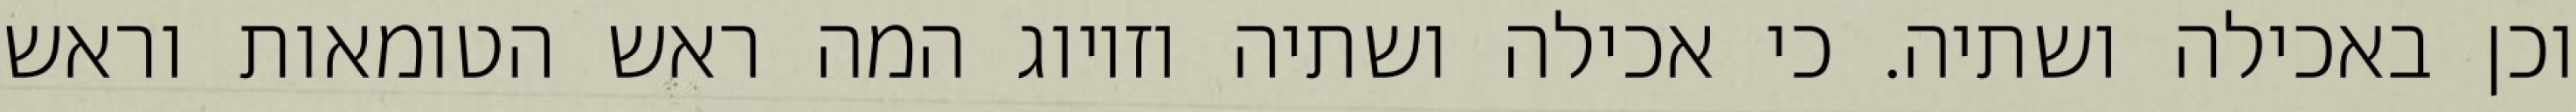
וכן באכילה ושתיה. כי אכילה ושתיה וזיווג המה ראש הטומאות וראש